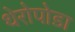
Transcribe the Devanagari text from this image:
थेरोपोडा